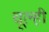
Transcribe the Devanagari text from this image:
चूल्ही